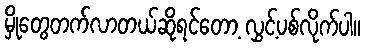
မှိုတွေတက်လာတယ်ဆိုရင်တော့ လွှင့်ပစ်လိုက်ပါ။